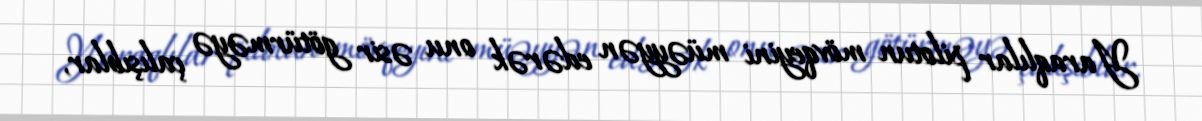
Yaraqlılar pilotun mövqeyini müəyyən edərək onu əsir götürməyə çalışıblar,